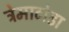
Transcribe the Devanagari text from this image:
ट्रेमाटोडा